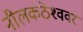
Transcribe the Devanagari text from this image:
नीलकंठेश्‍ववर